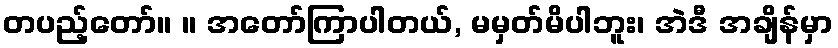
တပည့်တော်။ ။ အတော်ကြာပါတယ်, မမှတ်မိပါဘူး၊ အဲဒီ အချိန်မှာ